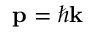
\mathbf { p } = \hbar \mathbf { k }